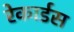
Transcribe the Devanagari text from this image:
रेकार्डस